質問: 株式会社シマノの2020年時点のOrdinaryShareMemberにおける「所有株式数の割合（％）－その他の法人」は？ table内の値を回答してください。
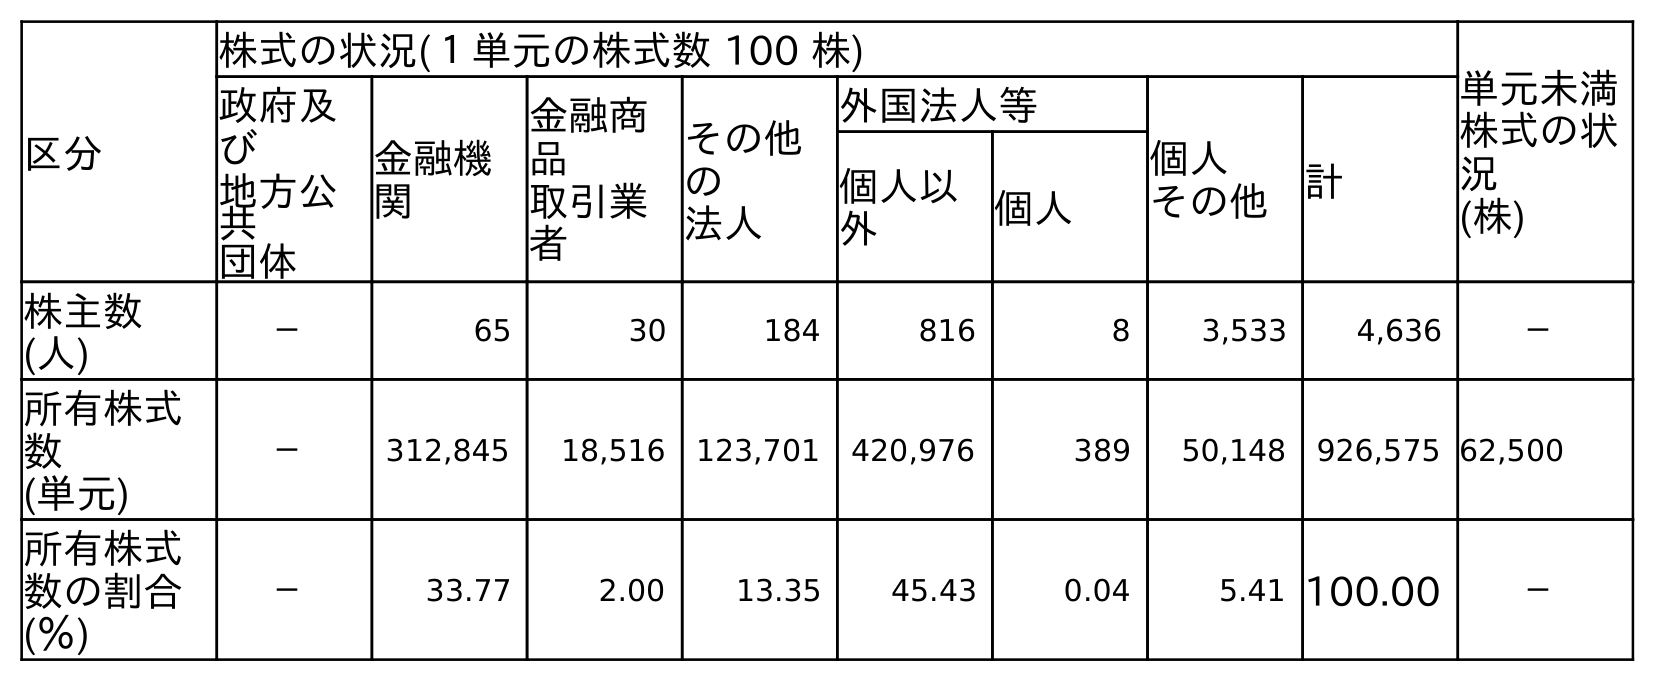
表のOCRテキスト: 区分 株式の状況(１単元の株式数 100 株) 単元未満 株式の状 況 (株) 政府及 び 地方公 共 団体 金融機 関 金融商 品 取引業 者 その他 の 法人 外国法人等 個人 その他 計 個人以 外 個人 株主数 (人) － 65 30 184 816 8 3,533 4,636 － 所有株式 数 (単元) － 312,845 18,516 123,701 420,976 389 50,148 926,575 62,500 所有株式 数の割合 (％) － 33.77 2.00 13.35 45.43 0.04 5.41 100.00 －
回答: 13.35